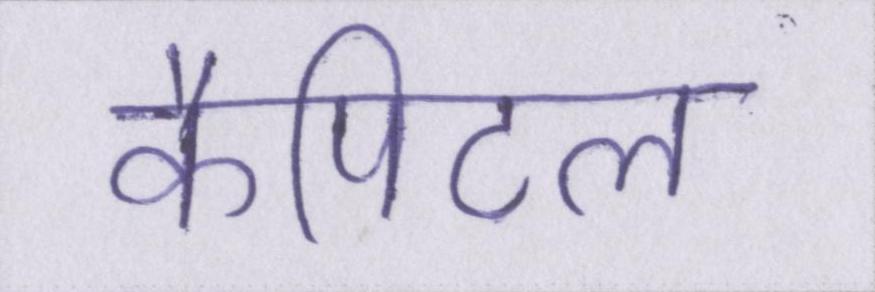
कैपिटल